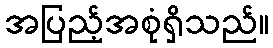
အပြည့်အစုံရှိသည်။